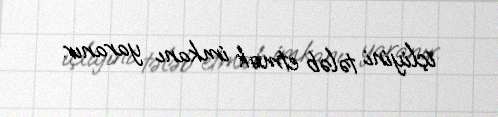
içliyini tələb etmək imkanı yaranır.